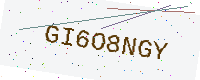
Text: GI6O8NGY